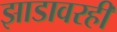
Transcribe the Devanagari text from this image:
झाडावरही